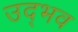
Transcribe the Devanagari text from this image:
उद्‍भव